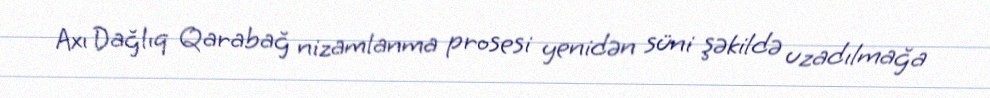
Axı Dağlıq Qarabağ nizamlanma prosesi yenidən süni şəkildə uzadılmağa